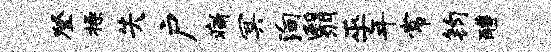
登操失户痛冥殉翳巫年常钧醴